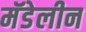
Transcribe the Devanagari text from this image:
मॅडेलीन